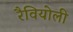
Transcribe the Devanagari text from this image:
रैवियोली